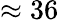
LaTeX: \approx 36